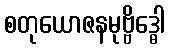
စတုယောဇနမုဗ္ဗိဒ္ဓေါ